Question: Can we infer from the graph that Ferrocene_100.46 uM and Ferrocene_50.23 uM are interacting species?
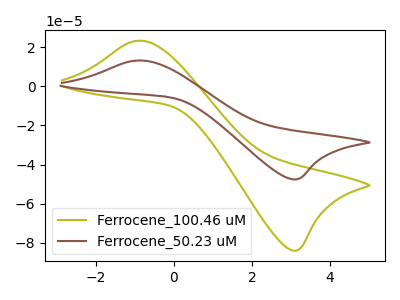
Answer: <think>The olive curve "Ferrocene_100.46 uM" has an anodic peak at (-0.85V, 23.30uA) and a cathodic peak at (3.05V, -83.95uA). The brown curve "Ferrocene_50.23 uM" has an anodic peak at (-0.85V, 13.20uA) and a cathodic peak at (3.05V, -47.55uA).
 All the peaks in "Ferrocene_100.46 uM" have a peak in "Ferrocene_50.23 uM" at the same potential. Every peak in "Ferrocene_100.46 uM" is higher than every peak in "Ferrocene_50.23 uM".</think>
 <answer>No, "Ferrocene_100.46 uM" and "Ferrocene_50.23 uM" don't appear to be significantly different in shape</answer>
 <eval>no_change</eval>